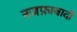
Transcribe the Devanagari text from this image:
नजफ़ाबादी